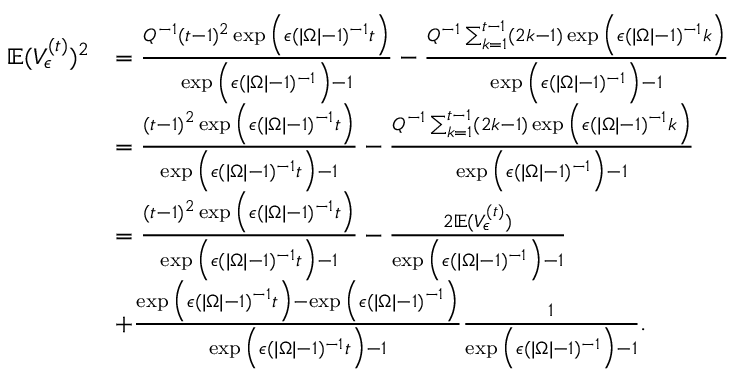
\begin{array} { r l } { \mathbb { E } ( V _ { \epsilon } ^ { ( t ) } ) ^ { 2 } } & { = \frac { Q ^ { - 1 } ( t - 1 ) ^ { 2 } \exp \Big ( \epsilon ( | \Omega | - 1 ) ^ { - 1 } t \Big ) } { \exp \Big ( \epsilon ( | \Omega | - 1 ) ^ { - 1 } \Big ) - 1 } - \frac { Q ^ { - 1 } \sum _ { k = 1 } ^ { t - 1 } ( 2 k - 1 ) \exp \Big ( \epsilon ( | \Omega | - 1 ) ^ { - 1 } k \Big ) } { \exp \Big ( \epsilon ( | \Omega | - 1 ) ^ { - 1 } \Big ) - 1 } } \\ & { = \frac { ( t - 1 ) ^ { 2 } \exp \Big ( \epsilon ( | \Omega | - 1 ) ^ { - 1 } t \Big ) } { \exp \Big ( \epsilon ( | \Omega | - 1 ) ^ { - 1 } t \Big ) - 1 } - \frac { Q ^ { - 1 } \sum _ { k = 1 } ^ { t - 1 } ( 2 k - 1 ) \exp \Big ( \epsilon ( | \Omega | - 1 ) ^ { - 1 } k \Big ) } { \exp \Big ( \epsilon ( | \Omega | - 1 ) ^ { - 1 } \Big ) - 1 } } \\ & { = \frac { ( t - 1 ) ^ { 2 } \exp \Big ( \epsilon ( | \Omega | - 1 ) ^ { - 1 } t \Big ) } { \exp \Big ( \epsilon ( | \Omega | - 1 ) ^ { - 1 } t \Big ) - 1 } - \frac { 2 \mathbb { E } ( V _ { \epsilon } ^ { ( t ) } ) } { \exp \Big ( \epsilon ( | \Omega | - 1 ) ^ { - 1 } \Big ) - 1 } } \\ & { + \frac { \exp \Big ( \epsilon ( | \Omega | - 1 ) ^ { - 1 } t \Big ) - \exp \Big ( \epsilon ( | \Omega | - 1 ) ^ { - 1 } \Big ) } { \exp \Big ( \epsilon ( | \Omega | - 1 ) ^ { - 1 } t \Big ) - 1 } \frac { 1 } { \exp \Big ( \epsilon ( | \Omega | - 1 ) ^ { - 1 } \Big ) - 1 } . } \end{array}